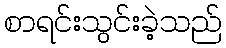
စာရင်းသွင်းခဲ့သည်